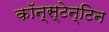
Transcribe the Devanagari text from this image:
कॉन्स्टेन्टिन